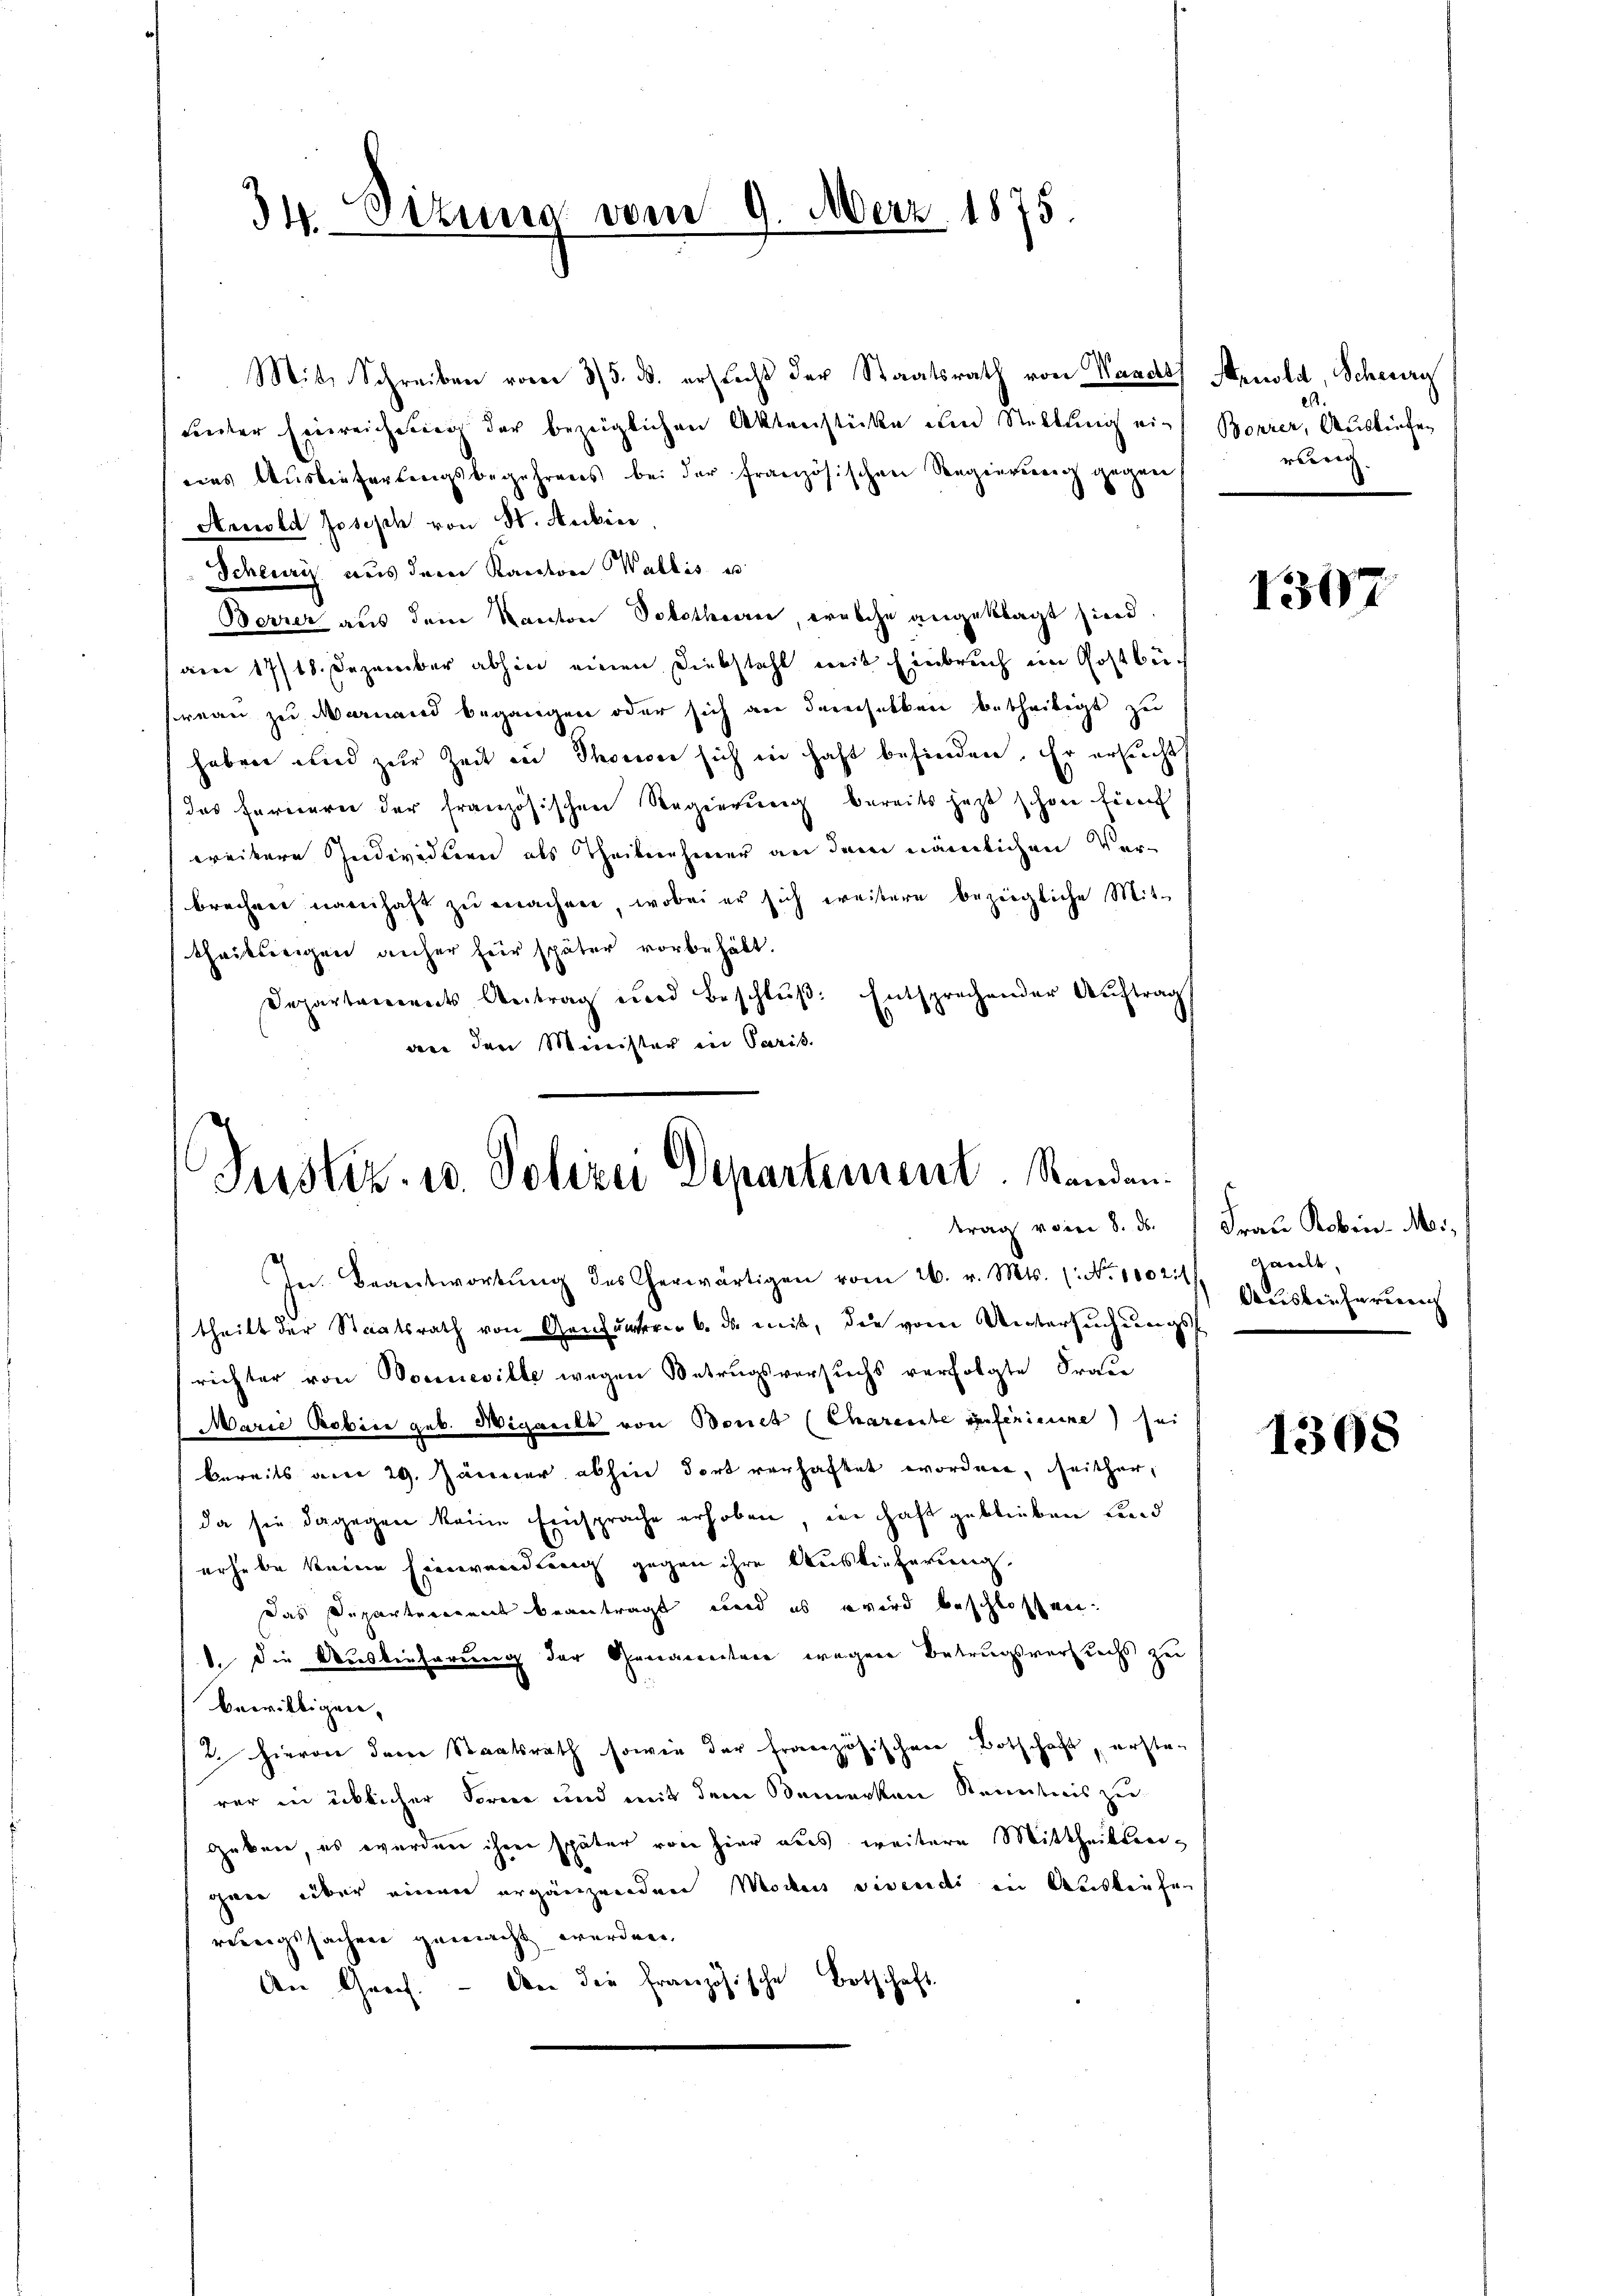
34. Sitzung vom 9.

Mit Schreiben vom 3/5. ds. ersticht der Staatsrath von Waadt Arnold, Schwurg
Lnter Einreichung der bezüglichen Aktenstücke um Stellung eiains Auslieferungsbegehrens bei der französischen Segierung gegen
Arnold Joseph von St. Aubic
Scheuriz aus dem Kanton Wallis u
Berrer aus dem Kanton Solothurer, welche angeklagt sind,
amer 17/18. Dezember abhin einen Diebstahl mit Einbruch im Gostbereau zu Weinand begangen oder sich an dererselben betheiligt zu
haben und zur Zeit in Thouse sich in haft befinden. Er ersucht
das Fernerei der französischen Regierung bereits jetzt schon für
weitere Individieen als Theilnehmer an dem nämlichen Verbrechen namhaft zu machen, wobei er sich weitere bezügliche Mit-
thailtrigen anher hier später vorbehält.
Departements Antrag und Beschlŭβ: Entsprechender Auftrag
an den Minister in Paris.

In Beantwortŭng des Cherwärtigen vom 26. v. Mts. (: No 1002.1) Gault,
theilt der Staatsrath von Genunterer B. da mit, die vom Untersuchungsf
richter von Donneville wegen Betrugsversuchs verfolgte Frau
Marie Pobice geb. Wigacile von Bonet (Charente inferienne sei
bereits am 29. Jänner abhin dort verhaftet worden, seither,
da sie dagegen keine Einsprache erhoben, in haft geblieben und
erhebe keine Einwendung gegen ihre Auslieferung.
Das Departenannt beantragt, wird es wird beschlossen.
1. die Auslieferung der Genaereitere wegen Betrugsversuchs zu
bewilligen,
(2. Hievon dem Staatsrath sowie der Französischen Botschaft, ersten
rer in üblicher Forne und mit dem Bemerken Kenntnis zu
geben, es werden ihrer später von hier aus weitere Mittheilsreigen über einen ergänzenden Modus vivendi in Auskaufen
reweigssachen gemacht werden.
An Greif. - An die französische Botschaft

Merz 1875.

Justiz- u. Polizei Departement. Standen.

Bopier, Ausliefer
reitig

1307

trag vom 8. ds. / Frau Robin. M.,
Auslieferung

1308